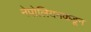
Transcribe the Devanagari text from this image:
नेपोलियनकडून